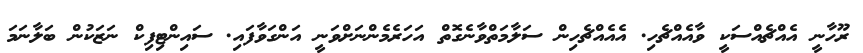
ރޫހާނީ އެއްޗެއްސަކީ ވާއެއްޗެހި. އެއެއްޗެހިން ސަލާމަތްވާނެގޮތް އަހަރެމެންނަށްވަނީ އަންގަވާފައި. ސައިންޓިފިކް ނަޒަކުން ބަލާނަމަ